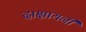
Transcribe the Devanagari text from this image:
दाक्षायनी